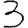
Digit: 3